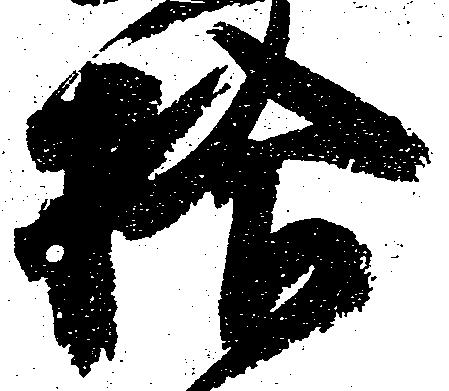
拾